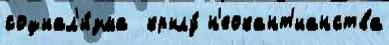
социал'и́зма  крылу́ н'еокант'ианства